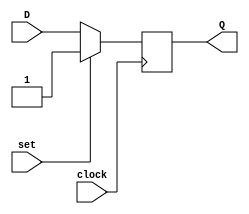
module sequential_flip_flop (
    input D,
    input clock,
    input set,
    output reg Q
);

always @(posedge clock) begin
    if (set) begin
        Q <= 1'b1;
    end else begin
        Q <= D;
    end
end

endmodule